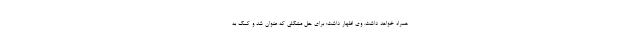
همراه خواهد داشت. وی اظهار داشت: برای حل مشکلی که عنوان شد و کمک به